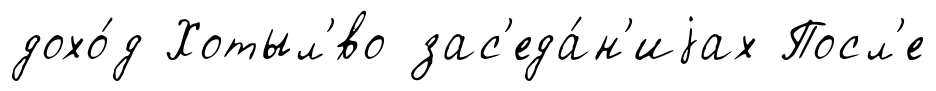
дохо́д Хотыл'́во зас'еда́н'иjах Посл'е